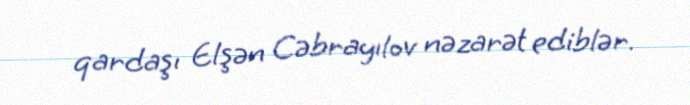
qardaşı Elşən Cəbrayılov nəzarət ediblər.